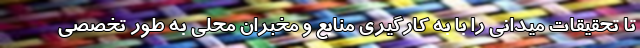
تا تحقیقات میدانی را با به کارگیری منابع و مخبران محلی به طور تخصصی